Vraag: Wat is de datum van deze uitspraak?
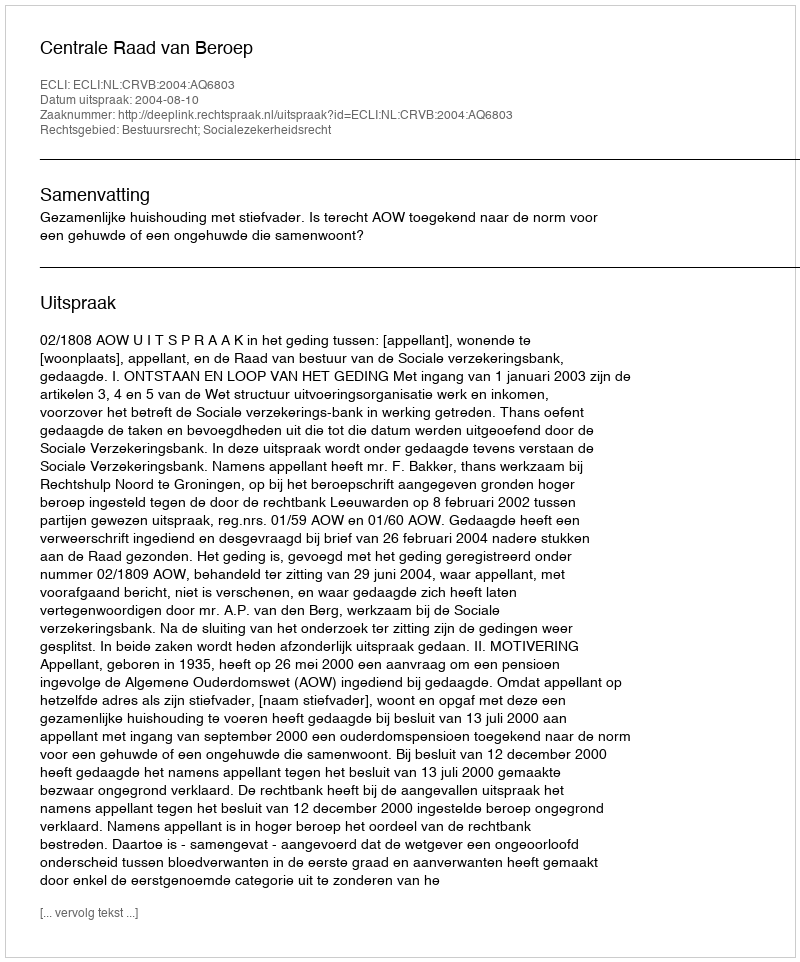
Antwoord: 2004-08-10